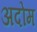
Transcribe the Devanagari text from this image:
अदोम